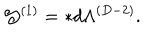
{ \cal J } ^ { ( 1 ) } = \ast d \Lambda ^ { ( D - 2 ) } .